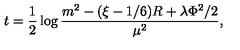
t = \frac { 1 } { 2 } \log \frac { m ^ { 2 } - ( \xi - 1 / 6 ) R + \lambda \Phi ^ { 2 } / 2 } { \mu ^ { 2 } } ,